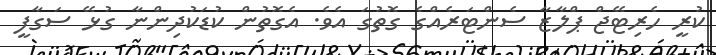
ކުރީ ހެރިޓޭޖް ޕްލާޒާ ސެންޓަރެއްގެ ގޮތުގަ އެވެ. އެގޮތުން ކުޑަކުދިންނާ ގުޅޭ ސަގާފީ